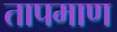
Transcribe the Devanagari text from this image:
तापमाण